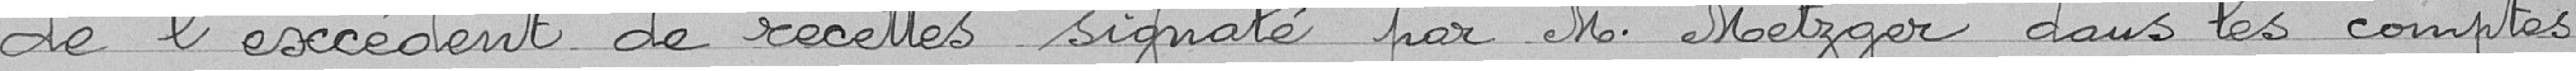
de l'excédent de recettes signalé par M. Metzger dans les comptes